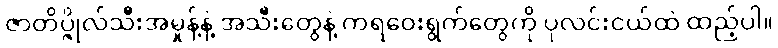
ဇာတိပ္ဇိုလ်သီးအမှုန့်နဲ့ အသီးတွေနဲ့ ကရဝေးရွက်တွေကို ပုလင်းငယ်ထဲ ထည့်ပါ။